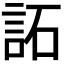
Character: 𧦳